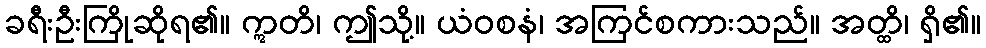
ခရီးဦးကြိုဆိုရ၏။ ဣတိ၊ ဤသို့။ ယံဝစနံ၊ အကြင်စကားသည်။ အတ္ထိ၊ ရှိ၏။